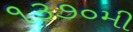
૧૩૭૦મી